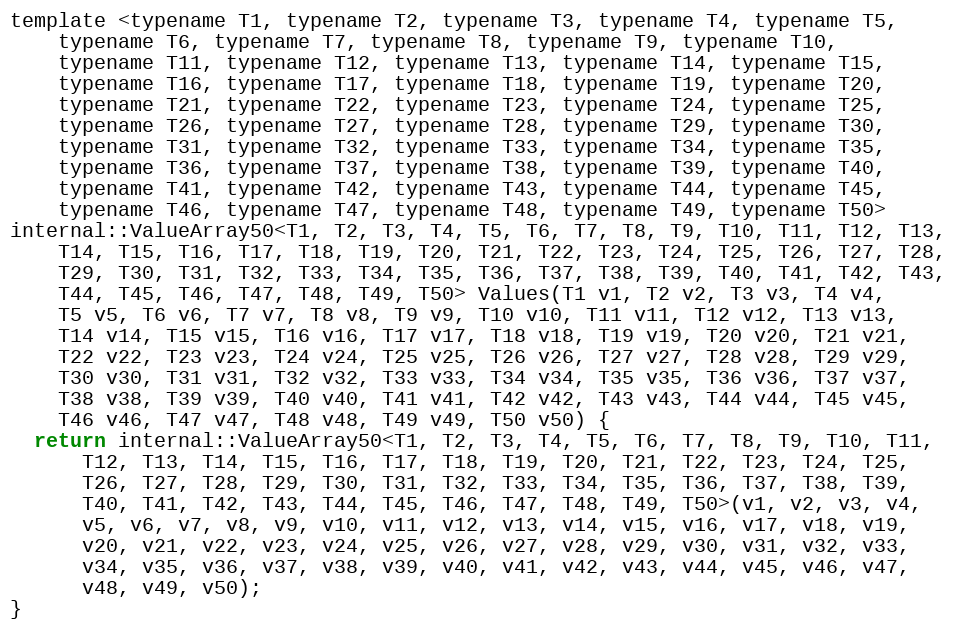
Language: C
template <typename T1, typename T2, typename T3, typename T4, typename T5,
    typename T6, typename T7, typename T8, typename T9, typename T10,
    typename T11, typename T12, typename T13, typename T14, typename T15,
    typename T16, typename T17, typename T18, typename T19, typename T20,
    typename T21, typename T22, typename T23, typename T24, typename T25,
    typename T26, typename T27, typename T28, typename T29, typename T30,
    typename T31, typename T32, typename T33, typename T34, typename T35,
    typename T36, typename T37, typename T38, typename T39, typename T40,
    typename T41, typename T42, typename T43, typename T44, typename T45,
    typename T46, typename T47, typename T48, typename T49, typename T50>
internal::ValueArray50<T1, T2, T3, T4, T5, T6, T7, T8, T9, T10, T11, T12, T13,
    T14, T15, T16, T17, T18, T19, T20, T21, T22, T23, T24, T25, T26, T27, T28,
    T29, T30, T31, T32, T33, T34, T35, T36, T37, T38, T39, T40, T41, T42, T43,
    T44, T45, T46, T47, T48, T49, T50> Values(T1 v1, T2 v2, T3 v3, T4 v4,
    T5 v5, T6 v6, T7 v7, T8 v8, T9 v9, T10 v10, T11 v11, T12 v12, T13 v13,
    T14 v14, T15 v15, T16 v16, T17 v17, T18 v18, T19 v19, T20 v20, T21 v21,
    T22 v22, T23 v23, T24 v24, T25 v25, T26 v26, T27 v27, T28 v28, T29 v29,
    T30 v30, T31 v31, T32 v32, T33 v33, T34 v34, T35 v35, T36 v36, T37 v37,
    T38 v38, T39 v39, T40 v40, T41 v41, T42 v42, T43 v43, T44 v44, T45 v45,
    T46 v46, T47 v47, T48 v48, T49 v49, T50 v50) {
  return internal::ValueArray50<T1, T2, T3, T4, T5, T6, T7, T8, T9, T10, T11,
      T12, T13, T14, T15, T16, T17, T18, T19, T20, T21, T22, T23, T24, T25,
      T26, T27, T28, T29, T30, T31, T32, T33, T34, T35, T36, T37, T38, T39,
      T40, T41, T42, T43, T44, T45, T46, T47, T48, T49, T50>(v1, v2, v3, v4,
      v5, v6, v7, v8, v9, v10, v11, v12, v13, v14, v15, v16, v17, v18, v19,
      v20, v21, v22, v23, v24, v25, v26, v27, v28, v29, v30, v31, v32, v33,
      v34, v35, v36, v37, v38, v39, v40, v41, v42, v43, v44, v45, v46, v47,
      v48, v49, v50);
}